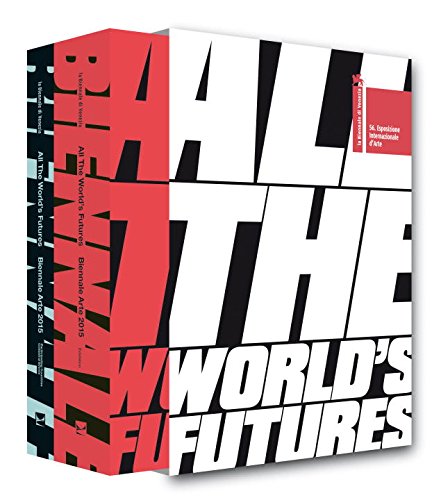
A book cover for All the World's Futures: 56 International Art Exhibition. La Biennale di Venezia; Okwui Enwezor; Arts & Photography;